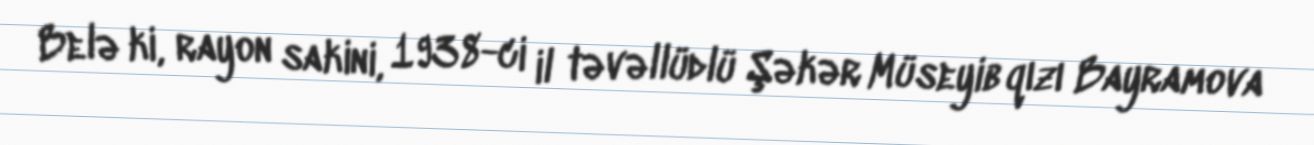
Belə ki, rayon sakini, 1938-ci il təvəllüdlü Şəkər Müseyib qızı Bayramova